Indian journal of veterinary science and animal husbandry - Volumes 18-21, 1948-1951
Year: 1948
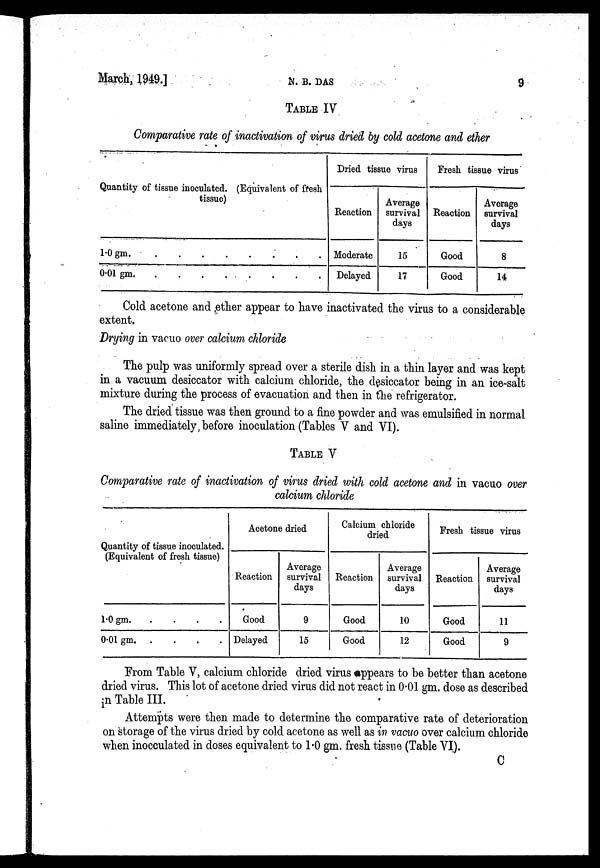
March, 1949.]
N.
B.
DAS
9
TABLE IV
Comparative rate of inactivation of virus dried by cold acetone and ether
Quantity of tissue inoculated. (Equivalent of fresh
tissue)
1.0 gm
.
.
.
.
.
.
.
.
0.01 gm. . . . . . . . .
Dried tissue virus
Reaction
Moderate
Delayed
Average
survival
days
15
17
Fresh tissue virus
Reaction
Good
Good
Average
survival
days
8
14
Cold acetone and ether appear to have inactivated the virus to a considerable
extent.
Drying in vacuo over calcium chloride
The pulp was uniformly spread over a sterile dish in a thin layer and was kept
in a vacuum desiccator with calcium chloride, the desiccator being in an ice-salt
mixture during the process of evacuation and then in the refrigerator.
The dried tissue was then ground to a fine powder and was emulsified in normal
saline immediately before inoculation (Tables V and VI).
TABLE V
Comparative rate of inactivation of virus dried with cold acetone and in vacuo over
calcium chloride
Quantity of tissue inoculated.
(Equivalent of fresh tissue)
1.0 gm . . . .
0.01 gm . . . .
Acetone dried
Reaction
Good
Delayed
Average
survival
days
9
15
Calcium chloride
dried
Reaction
Good
Good
Average
survival
days
10
12
Fresh tissue virus
Reaction
Good
Good
Average
survival
days
11
9
From Table V, calcium chloride dried virus ppears to be better than acetone
dried virus. This lot of acetone dried virus did not react in 0.01 gm. dose as described
in Table III.
Attempts were then made to determine the comparative rate of deterioration
on storage of the virus dried by cold acetone as well as in vacuo over calcium chloride
when inocculated in doses equivalent to 1.0 gm. fresh tissue (Table VI).
C